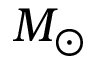
M _ { \odot }